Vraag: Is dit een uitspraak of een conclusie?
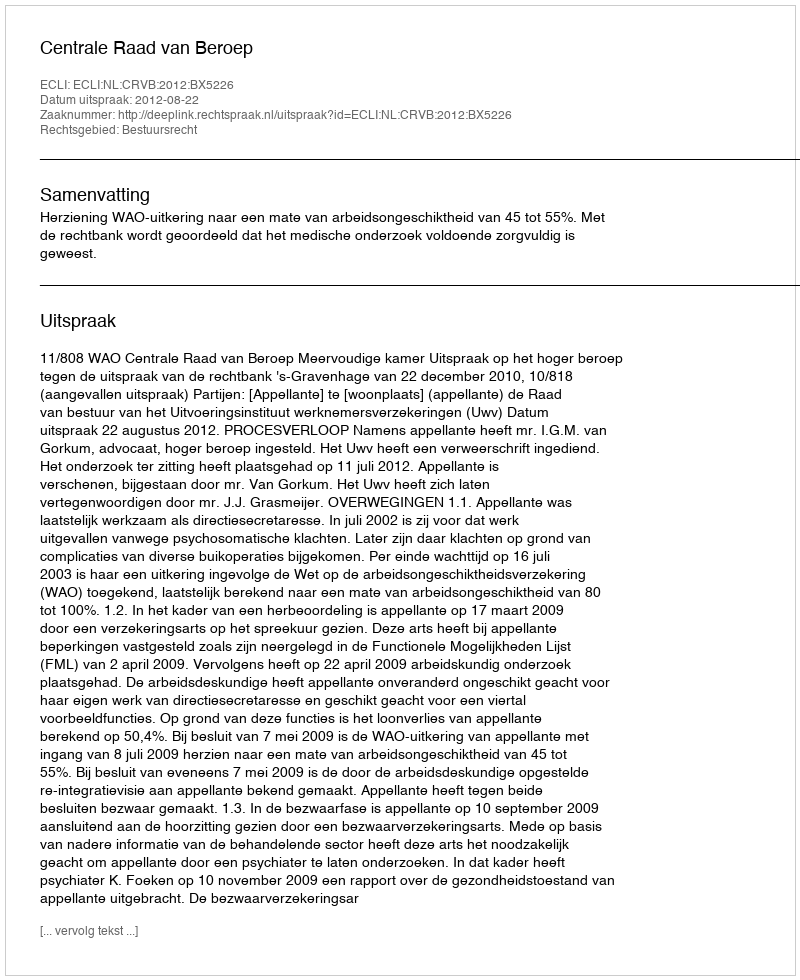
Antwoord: Uitspraak